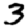
Digit: 3